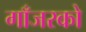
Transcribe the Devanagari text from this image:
गाँजरको